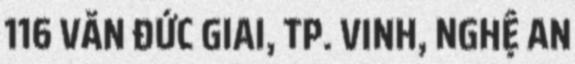
116 VĂN ĐỨC GIAI, TP. VINH, NGHỆ AN